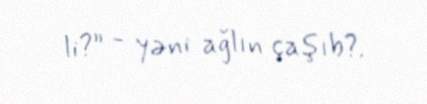
li?” - yəni ağlın çaşıb?.